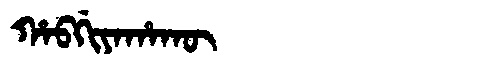
Manchu: ᡥᠠᠪᡤᡳᠶᠠᡥᠠᡴᡡ
Romanization: HABGIYAHAKŪ